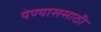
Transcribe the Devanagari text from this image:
येण्याससाठी